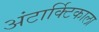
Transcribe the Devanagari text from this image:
अंटार्क्टिकाला